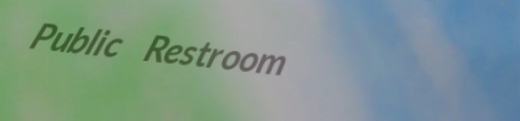
Public Restroom